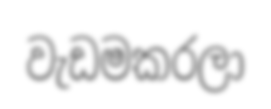
වැඩමකරලා